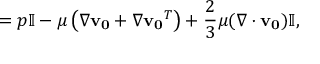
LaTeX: \mathbf { \sigma } = p \mathbb { I } - \mu \left( \nabla \mathbf { v _ { 0 } } + \nabla \mathbf { v _ { 0 } } ^ { T } \right) + { \frac { 2 } { 3 } } \mu ( \nabla \cdot \mathbf { v _ { 0 } } ) \mathbb { I } ,